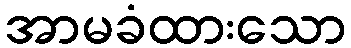
အာမခံထားသော